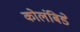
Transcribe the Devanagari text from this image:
कोलंबिडे